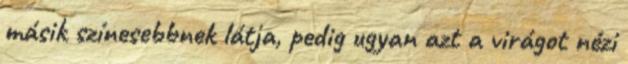
másik színesebbnek látja, pedig ugyan azt a virágot nézi